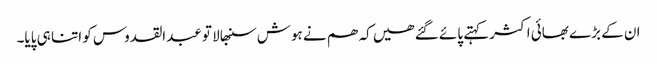
ان کے بڑے بھائی اکثر کہتے پائے گئے ھیں کہ ھم نے ہوش سنبھالا تو عبدالقدوس کو اتنا ہی پایا۔